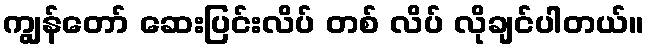
ကျွန်တော် ဆေးပြင်းလိပ် တစ် လိပ် လိုချင်ပါတယ်။